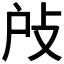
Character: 𢻻